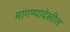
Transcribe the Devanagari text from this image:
मागण्यादेखील